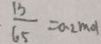
\frac { 1 3 } { 6 5 } = 0 . 2 m o l